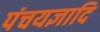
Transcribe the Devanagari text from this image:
पंचयज्ञादि